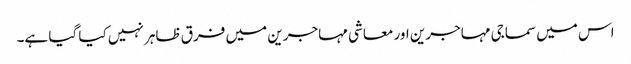
اس میں سماجی مہاجرین اور معاشی مہاجرین میں فرق ظاہر نہیں کیا گیا ہے۔